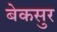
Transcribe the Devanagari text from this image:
बेकसुर